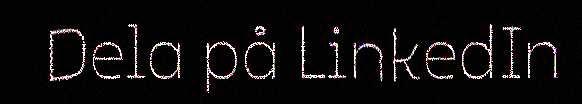
Dela på LinkedIn